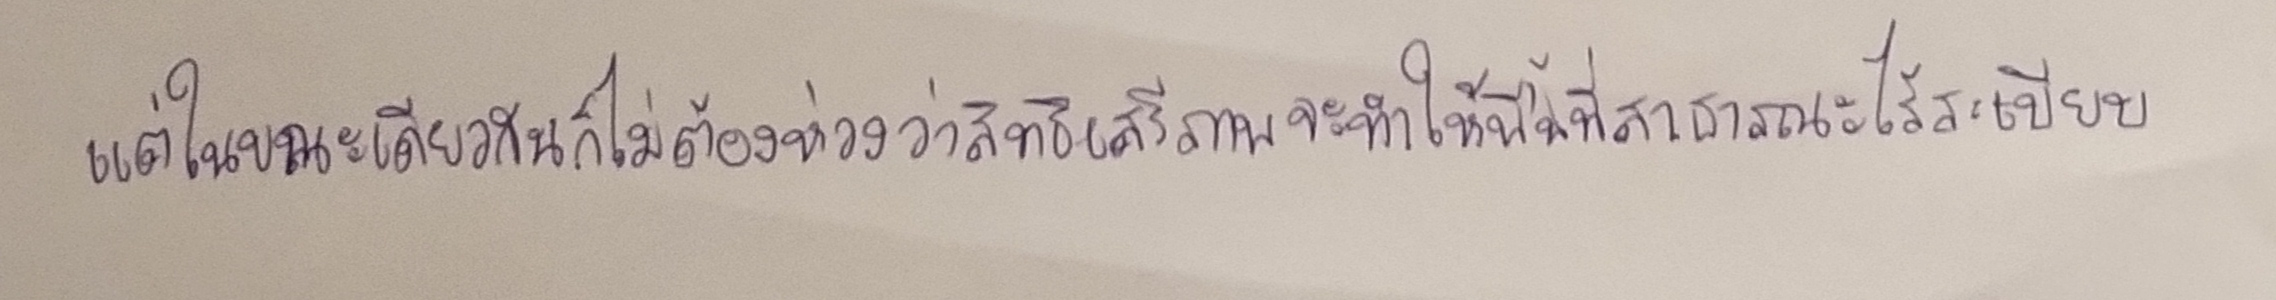
แต่ในขณะเดียวกันก็ไม่ต้องห่วงว่าสิทธิเสรีภาพจะทำให้พื้นที่สาธารณะไร้ระเบียบ